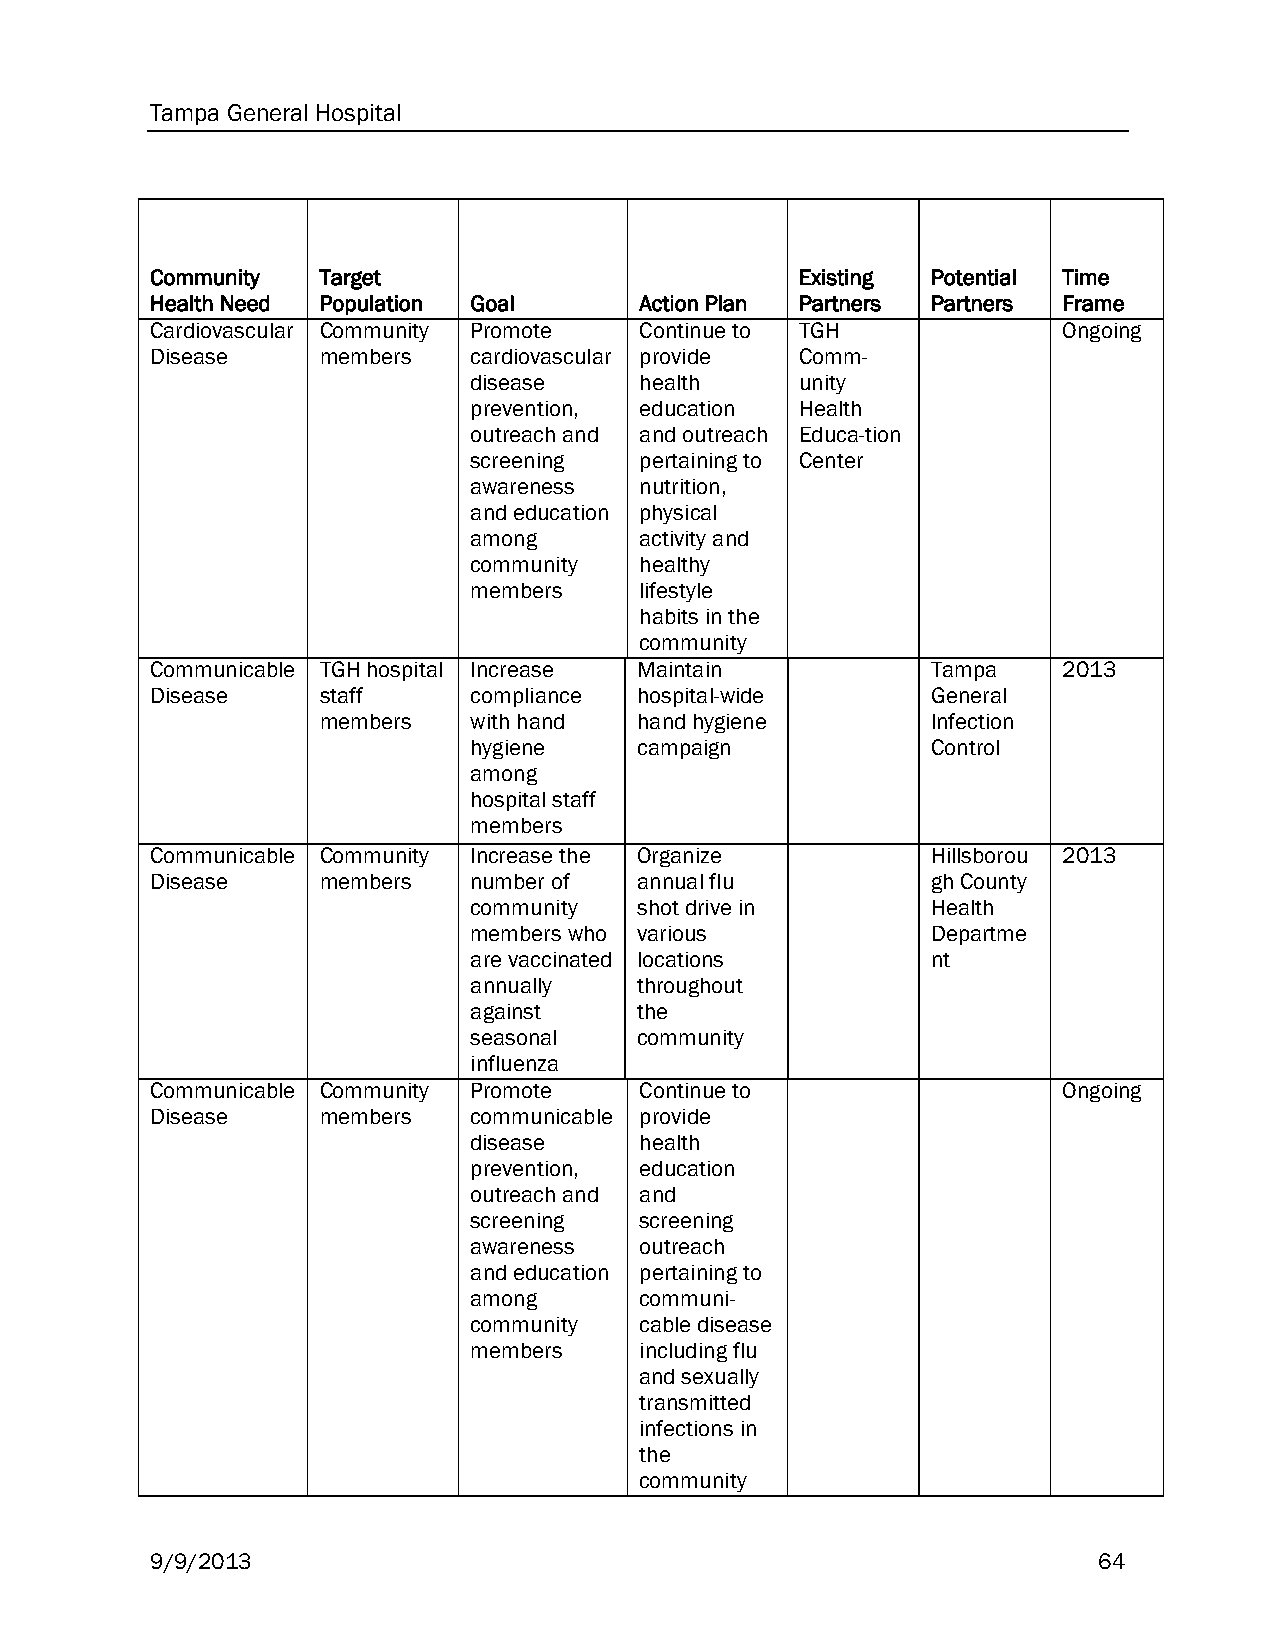
Tampa General Hospital
 Community  Target                          Existing Potential Time
 Health Need Population Goal     Action Plan Partners Partners Frame
 Cardiovascular Community Promote Continue to TGH            Ongoing
 Disease    members   cardiovascular provide Comm-
 disease    health     unity
 prevention, education Health
 outreach and and outreach Educa-tion
 screening  pertaining to Center
 awareness  nutrition,
 and education physical
 among      activity and
 community  healthy
 members    lifestyle
 habits in the
 community
 Communicable TGH hospital Increase Maintain         Tampa   2013
 Disease    staff     compliance hospital-wide       General
 members   with hand  hand hygiene        Infection
 hygiene    campaign            Control
 among
 hospital staff
 members
 Communicable Community Increase the Organize        Hillsborou 2013
 Disease    members   number of  annual flu          gh County
 community  shot drive in       Health
 members who various            Departme
 are vaccinated locations       nt
 annually   throughout
 against    the
 seasonal   community
 influenza
 Communicable Community Promote  Continue to                 Ongoing
 Disease    members   communicable provide
 disease    health
 prevention, education
 outreach and and
 screening  screening
 awareness  outreach
 and education pertaining to
 among      communi-
 community  cable disease
 members    including flu
 and sexually
 transmitted
 infections in
 the
 community
 9/9/2013                                                       64